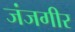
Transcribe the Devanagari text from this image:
जंजगीर